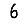
Digit: 6